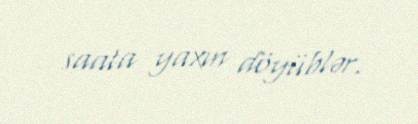
saata yaxın döyüblər.